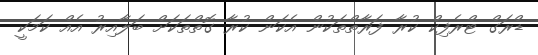
ޑްރަގް ޓްރެފިކް ކުރާ ފަރާތްތަކުން އެކަން ކުރާ ގޮތްތަކަށް ބަލާއިރު އެއް ކަމަކީ